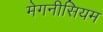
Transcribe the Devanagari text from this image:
मेगनीसियम